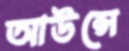
আউন্সে